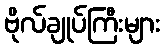
ဗိုလ်ချုပ်ကြီးများ